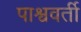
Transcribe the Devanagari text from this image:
पाश्ववर्ती